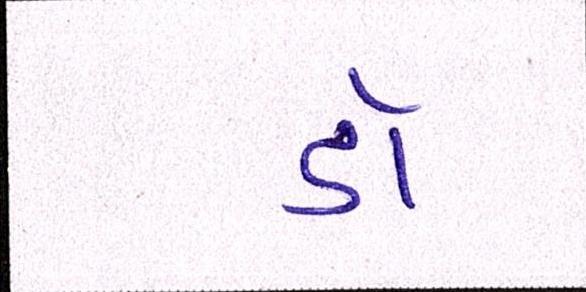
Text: ડૉ